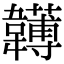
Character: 𩏯